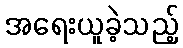
အရေးယူခဲ့သည့်